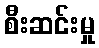
စီးဆင်းမှု